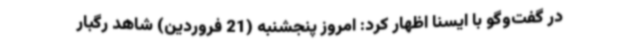
در گفت‌وگو با ایسنا اظهار کرد: امروز پنجشنبه (21 فروردین) شاهد رگبار